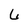
Character: 6